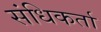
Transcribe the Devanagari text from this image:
संधिकर्ता